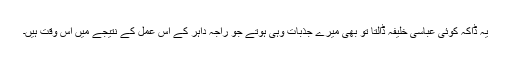
یہ ڈاکہ کوئی عباسی خلیفہ ڈالتا تو بھی میرے جذبات وہی ہوتے جو راجہ داہر کے اس عمل کے نتیجے میں اس وقت ہیں۔